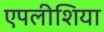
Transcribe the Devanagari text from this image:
एपलीशिया